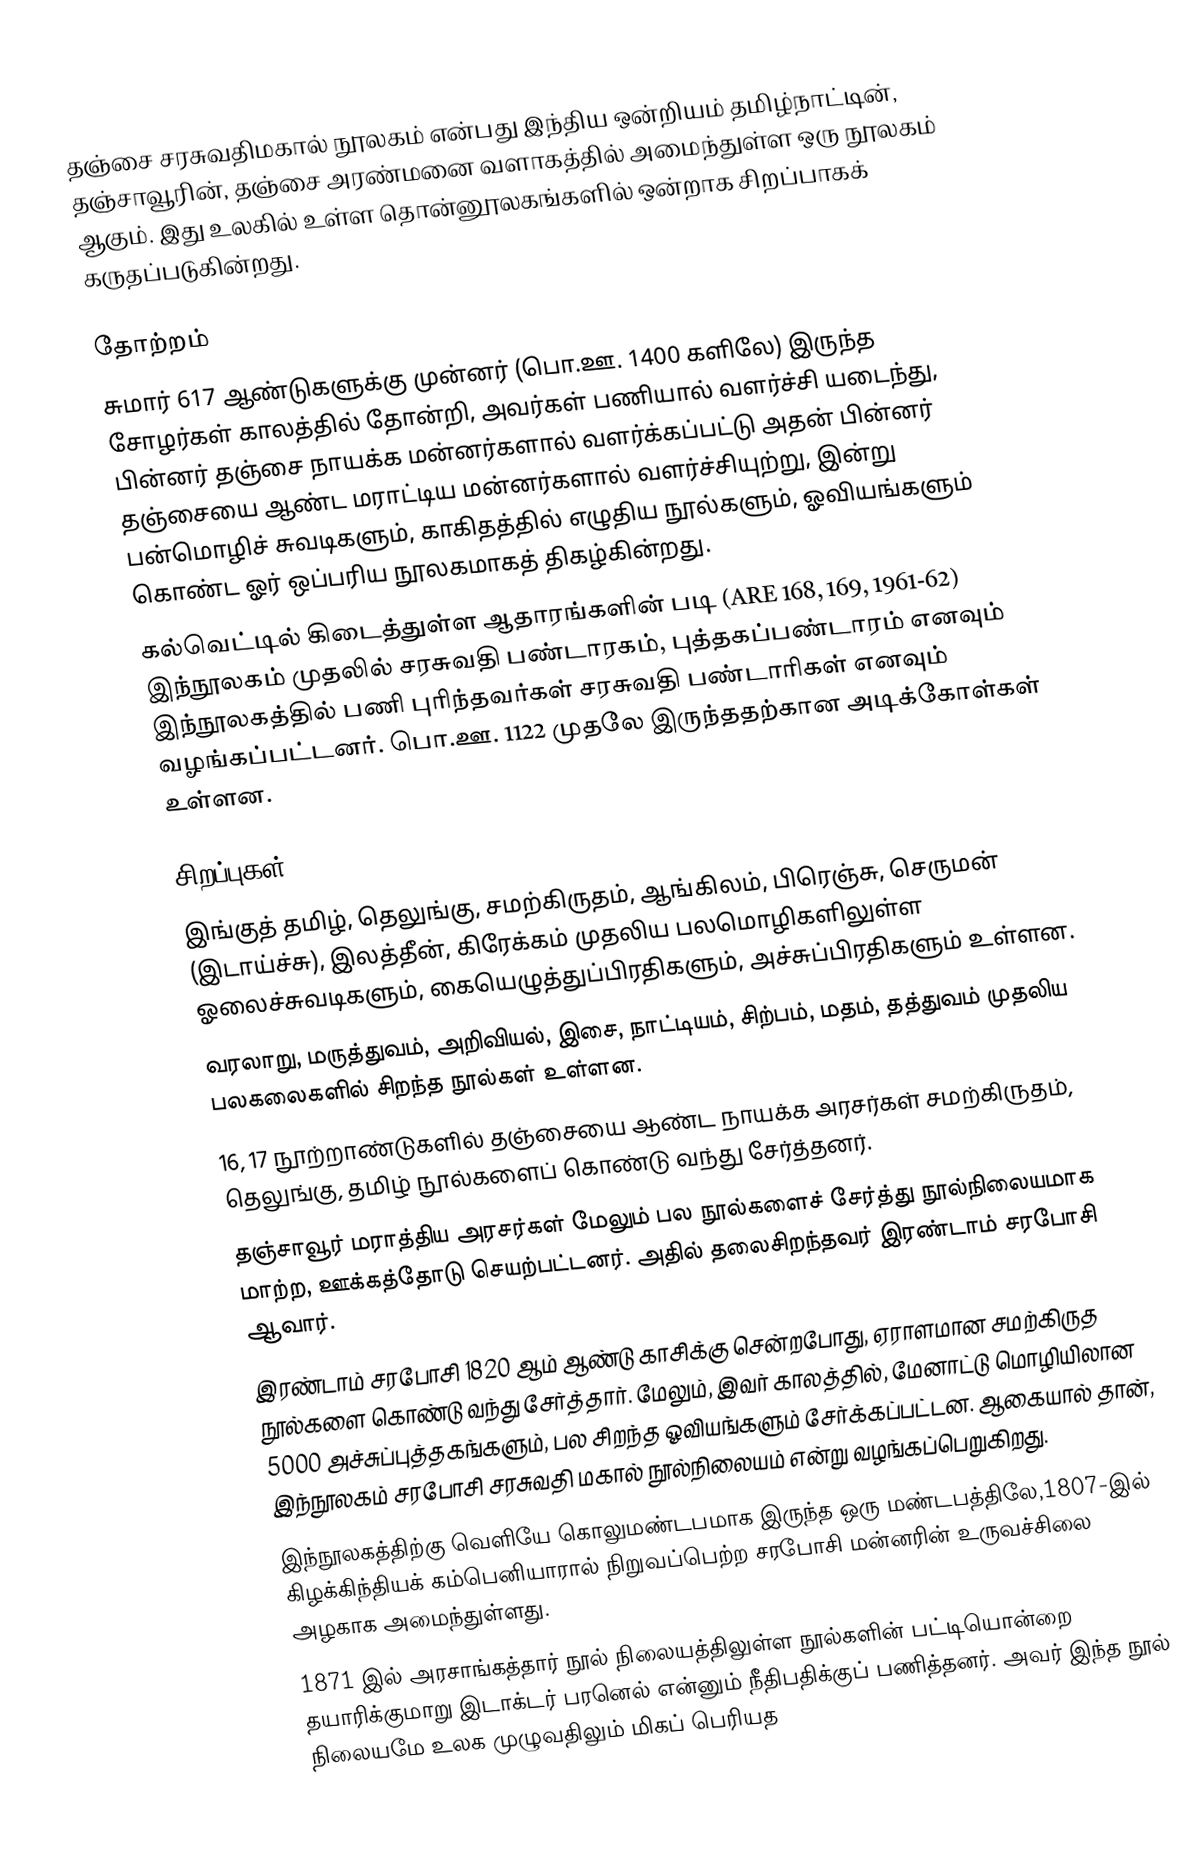
தஞ்சை சரசுவதிமகால் நூலகம் என்பது இந்திய ஒன்றியம் தமிழ்நாட்டின், தஞ்சாவூரின், தஞ்சை அரண்மனை வளாகத்தில் அமைந்துள்ள ஒரு நூலகம் ஆகும். இது உலகில் உள்ள தொன்னூலகங்களில் ஒன்றாக சிறப்பாகக் கருதப்படுகின்றது.

தோற்றம்
சுமார் 617 ஆண்டுகளுக்கு முன்னர் (பொ.ஊ. 1400 களிலே) இருந்த சோழர்கள் காலத்தில் தோன்றி, அவர்கள் பணியால் வளர்ச்சி யடைந்து, பின்னர் தஞ்சை நாயக்க மன்னர்களால் வளர்க்கப்பட்டு அதன் பின்னர் தஞ்சையை ஆண்ட மராட்டிய மன்னர்களால் வளர்ச்சியுற்று, இன்று பன்மொழிச் சுவடிகளும், காகிதத்தில் எழுதிய நூல்களும், ஓவியங்களும் கொண்ட ஓர் ஒப்பரிய நூலகமாகத் திகழ்கின்றது.
கல்வெட்டில் கிடைத்துள்ள ஆதாரங்களின் படி (ARE 168, 169, 1961-62)  இந்நூலகம் முதலில் சரசுவதி பண்டாரகம், புத்தகப்பண்டாரம் எனவும் இந்நூலகத்தில் பணி புரிந்தவர்கள் சரசுவதி பண்டாரிகள் எனவும் வழங்கப்பட்டனர். பொ.ஊ. 1122 முதலே இருந்ததற்கான அடிக்கோள்கள் உள்ளன.

சிறப்புகள்
இங்குத் தமிழ், தெலுங்கு, சமற்கிருதம், ஆங்கிலம், பிரெஞ்சு, செருமன் (இடாய்ச்சு), இலத்தீன், கிரேக்கம் முதலிய பலமொழிகளிலுள்ள ஓலைச்சுவடிகளும், கையெழுத்துப்பிரதிகளும், அச்சுப்பிரதிகளும்  உள்ளன.
வரலாறு, மருத்துவம், அறிவியல், இசை, நாட்டியம், சிற்பம், மதம், தத்துவம் முதலிய பலகலைகளில் சிறந்த நூல்கள் உள்ளன.
16, 17 நூற்றாண்டுகளில் தஞ்சையை ஆண்ட நாயக்க அரசர்கள் சமற்கிருதம், தெலுங்கு, தமிழ் நூல்களைப் கொண்டு வந்து சேர்த்தனர்.
தஞ்சாவூர் மராத்திய அரசர்கள் மேலும் பல நூல்களைச் சேர்த்து நூல்நிலையமாக மாற்ற, ஊக்கத்தோடு செயற்பட்டனர். அதில் தலைசிறந்தவர் இரண்டாம் சரபோசி ஆவார்.
இரண்டாம் சரபோசி 1820 ஆம் ஆண்டு  காசிக்கு சென்றபோது, ஏராளமான சமற்கிருத நூல்களை கொண்டு வந்து சேர்த்தார். மேலும், இவர் காலத்தில், மேனாட்டு மொழியிலான 5000 அச்சுப்புத்தகங்களும், பல சிறந்த ஓவியங்களும் சேர்க்கப்பட்டன. ஆகையால் தான், இந்நூலகம் சரபோசி சரசுவதி மகால் நூல்நிலையம் என்று வழங்கப்பெறுகிறது.
இந்நூலகத்திற்கு வெளியே கொலுமண்டபமாக இருந்த ஒரு மண்டபத்திலே,1807-இல் கிழக்கிந்தியக் கம்பெனியாரால் நிறுவப்பெற்ற சரபோசி மன்னரின் உருவச்சிலை அழகாக அமைந்துள்ளது.
 1871 இல் அரசாங்கத்தார் நூல் நிலையத்திலுள்ள நூல்களின் பட்டியொன்றை தயாரிக்குமாறு இடாக்டர் பரனெல் என்னும் நீதிபதிக்குப் பணித்தனர். அவர்  இந்த நூல் நிலையமே உலக முழுவதிலும் மிகப் பெரியத